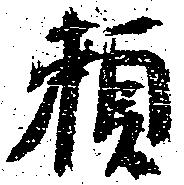
頼